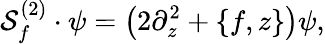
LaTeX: {\cal S}_{f}^{(2)}\cdot\psi=\left(2\partial_{z}^{2}+\{ f,z\} \right)\psi,